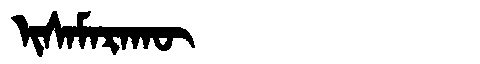
Manchu: ᡳᠰᠠᠮᠠᡵᠠᡴᡡ
Romanization: ISAMARAKŪ